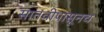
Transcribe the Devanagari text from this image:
सातवीपासूनच